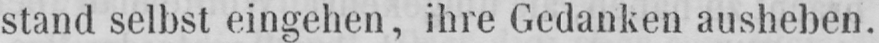
stand selbst eingehen, ihre Gedanken ausheben.